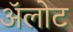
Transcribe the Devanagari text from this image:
अॅलोट